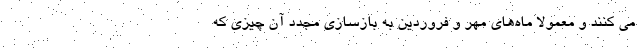
می کنند و معمولاً ماه‌های مهر و فروردین به بازسازی مجدد آن چیزی که